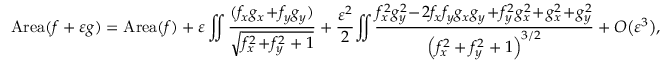
\mathrm { A r e a } ( f + \varepsilon g ) = \mathrm { A r e a } ( f ) + \varepsilon \iint \frac { ( f _ { x } g _ { x } \! + \! f _ { y } g _ { y } ) } { \sqrt { f _ { x } ^ { 2 } \! + \! f _ { y } ^ { 2 } + 1 } } + \frac { \varepsilon ^ { 2 } } 2 \! \iint \frac { f _ { x } ^ { 2 } g _ { y } ^ { 2 } \! - \! 2 f _ { x } f _ { y } g _ { x } g _ { y } \! + \! f _ { y } ^ { 2 } g _ { x } ^ { 2 } \! + \! g _ { x } ^ { 2 } \! + \! g _ { y } ^ { 2 } } { \left( f _ { x } ^ { 2 } + f _ { y } ^ { 2 } + 1 \right) ^ { 3 / 2 } } + O \big ( \varepsilon ^ { 3 } \big ) ,